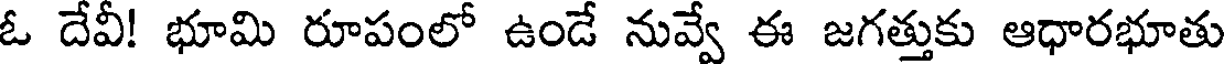
ఓ దేవీ! భూమి రూపంలో ఉండే నువ్వే ఈ జగత్తుకు ఆధారభూతు